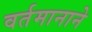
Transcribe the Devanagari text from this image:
वर्तमानाने